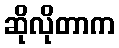
ဆိုလိုတာက